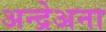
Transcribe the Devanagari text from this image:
अन्द्रेअना